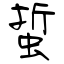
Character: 蜇